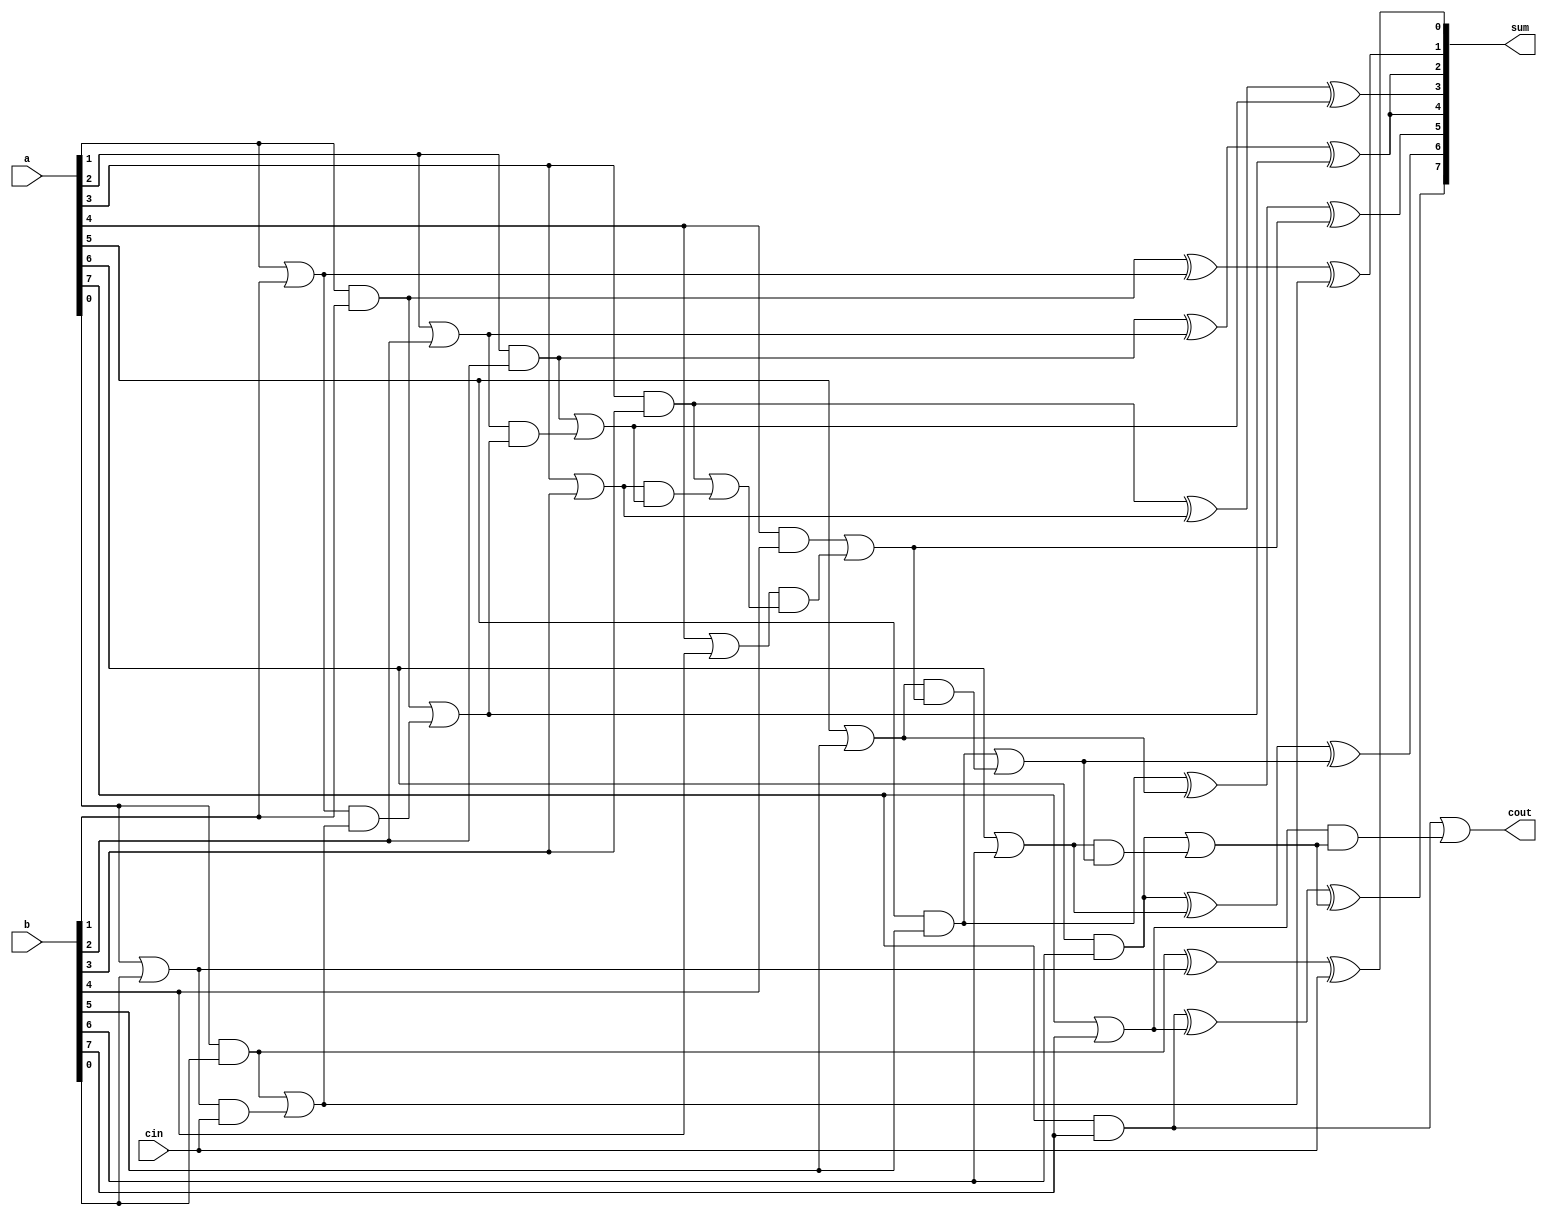
module add_ahead(sum,cout,a,b,cin);
output[7:0] sum;
output cout;
input[7:0] a,b;
input cin;
wire[7:0] G,P;
wire[7:0] C,sum;

assign G[0]=a[0]&b[0];
assign P[0]=a[0]|b[0];
assign C[0]=cin;
assign sum[0]=G[0]^P[0]^C[0];

assign G[1]=a[1]&b[1];
assign P[1]=a[1]|b[1];
assign C[1]=G[0]|(P[0]&cin);
assign sum[1]=G[1]^P[1]^C[1];

assign G[2]=a[2]&b[2];
assign P[2]=a[2]|b[2];
assign C[2]=G[1]|(P[1]&C[1]);
assign sum[2]=G[2]^P[2]^C[2];

assign G[3]=a[3]&b[3];
assign P[3]=a[3]|b[3];
assign C[3]=G[2]|(P[2]&C[2]);
assign sum[3]=G[3]^P[3]^C[3];

assign G[4]=a[4]&b[4];
assign P[4]=a[4]|b[4];
assign C[4]=G[3]|(P[3]&C[3]);
assign sum[4]=G[2]^P[2]^C[2];

assign G[5]=a[5]&b[5];
assign P[5]=a[5]|b[5];
assign C[5]=G[4]|(P[4]&C[4]);
assign sum[5]=G[5]^P[5]^C[5];

assign G[6]=a[6]&b[6];
assign P[6]=a[6]|b[6];
assign C[6]=G[5]|(P[5]&C[5]);
assign sum[6]=G[6]^P[6]^C[6];

assign G[7]=a[7]&b[7];
assign P[7]=a[7]|b[7];
assign C[7]=G[6]|(P[6]&C[6]);
assign sum[7]=G[7]^P[7]^C[7];

assign cout=G[7]|(P[7]&C[7]);

endmodule